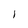
Character: 1